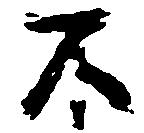
不